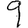
Digit: 9